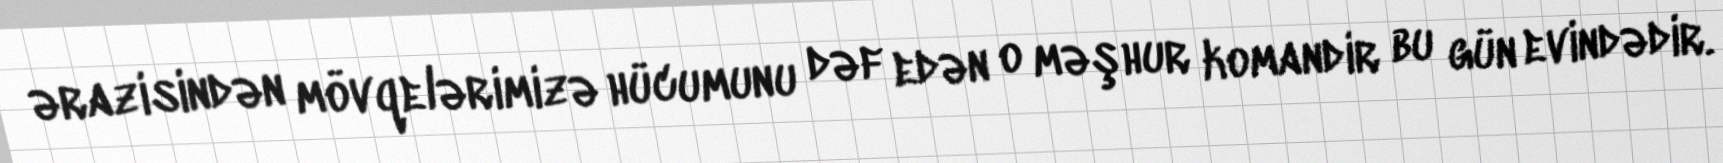
ərazisindən mövqelərimizə hücumunu dəf edən o məşhur komandir bu gün evindədir.